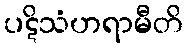
ပဋိသံဟရာမီတိ